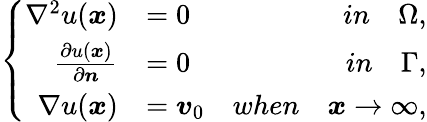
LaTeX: \left\{ \begin{array}{rlr}{\nabla^{2}u(\boldsymbol{x})}&{=0}&{in\quad\Omega,}\\ {\frac{\partial u(\boldsymbol{x})}{\partial\boldsymbol{n}}}&{=0}&{in\quad\Gamma,}\\ {\nabla u(\boldsymbol{x})}&{=\boldsymbol{v}_{0}}&{when\quad\boldsymbol{x}\rightarrow\infty,}\end{array}\right.